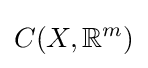
C(X,\mathbb {R} ^{m})